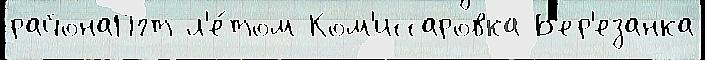
районаПгт л'е́том Ком'иссаровка Б'ер'езанка